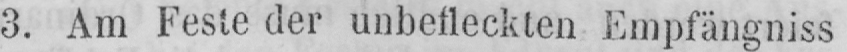
3. Am Feste der unbefleckten Empfängniss